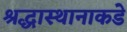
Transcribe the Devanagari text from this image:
श्रद्धास्थानाकडे